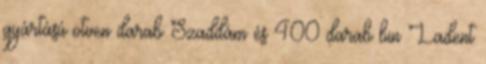
gyártású ötven darab Szaddám és 400 darab bin Ladent